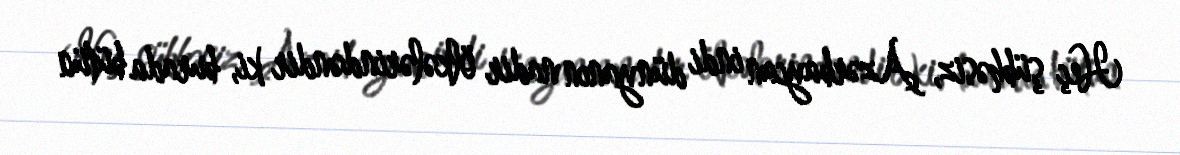
Heç şübhəsiz, Azərbaycan indi dünyanın nadir ölkələrindəndir ki, burada bütün